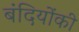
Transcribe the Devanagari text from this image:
बंदियोंकी